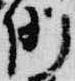
例